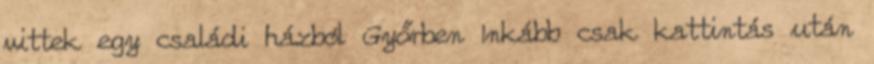
vittek egy családi házból Győrben Inkább csak kattintás után